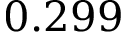
0 . 2 9 9